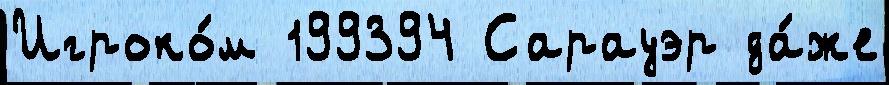
Игроко́м 199394 Сарауэр да́же